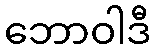
ဘောဝါဒီ